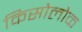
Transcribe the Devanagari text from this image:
किसोलोक